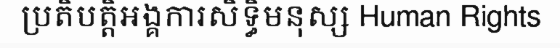
ប្រតិបត្តិអង្គការសិទ្ធិមនុស្ស Human Rights